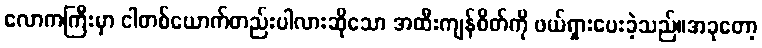
လောကကြီးမှာ ငါတစ်ယောက်တည်းပါလားဆိုသော အထီးကျန်စိတ်ကို ဖယ်ရှားပေးခဲ့သည်။အခုတော့